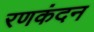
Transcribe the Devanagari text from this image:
रणकंदन